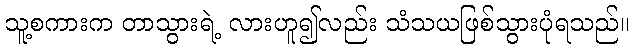
သူ့စကားက တာသွားရဲ့ လားဟူ၍လည်း သံသယဖြစ်သွားပုံရသည်။